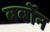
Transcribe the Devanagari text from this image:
बर्बोन